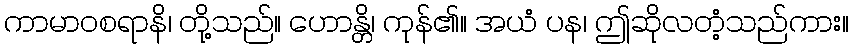
ကာမာဝစရာနိ၊ တို့သည်။ ဟောန္တိ၊ ကုန်၏။ အယံ ပန၊ ဤဆိုလတံ့သည်ကား။